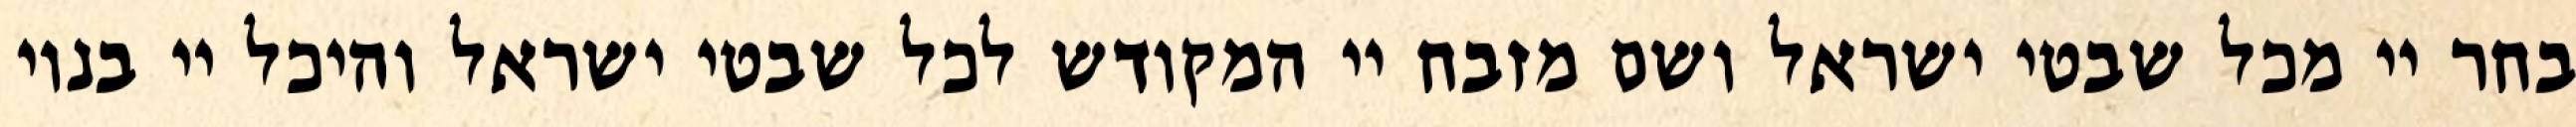
בחר יי מכל שבטי ישראל ושם מזבח יי המקודש לכל שבטי ישראל והיכל יי בנוי